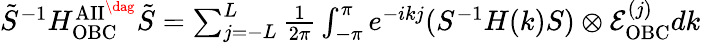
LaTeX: \begin{array}{r}{\tilde{S}^{-1}H_{\mathrm{OBC}}^{\mathrm{AII}^{\dag}}\tilde{S}=\sum_{j=-L}^{L}\frac{1}{2\pi}\int_{-\pi}^{\pi}e^{-ikj}(S^{-1}H(k)S)\otimes\mathcal{E}_{\mathrm{OBC}}^{(j)}dk}\end{array}